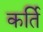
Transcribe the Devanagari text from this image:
कर्ति